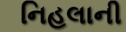
નિહલાની